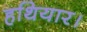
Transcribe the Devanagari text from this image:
हथियार।